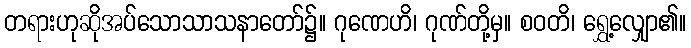
တရားဟုဆိုအပ်သောသာသနာတော်၌။ ဂုဏေဟိ၊ ဂုဏ်တို့မှ။ စဝတိ၊ ရွှေ့လျှော၏။